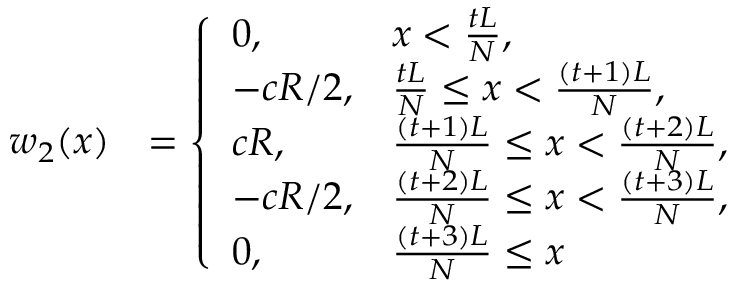
\begin{array} { r l } { w _ { 2 } ( x ) } & { = \left\{ \begin{array} { l l } { 0 , } & { x < \frac { t L } { N } , } \\ { - c R / 2 , } & { \frac { t L } { N } \leq x < \frac { ( t + 1 ) L } { N } , } \\ { c R , } & { \frac { ( t + 1 ) L } { N } \leq x < \frac { ( t + 2 ) L } { N } , } \\ { - c R / 2 , } & { \frac { ( t + 2 ) L } { N } \leq x < \frac { ( t + 3 ) L } { N } , } \\ { 0 , } & { \frac { ( t + 3 ) L } { N } \leq x } \end{array} \right. } \end{array}